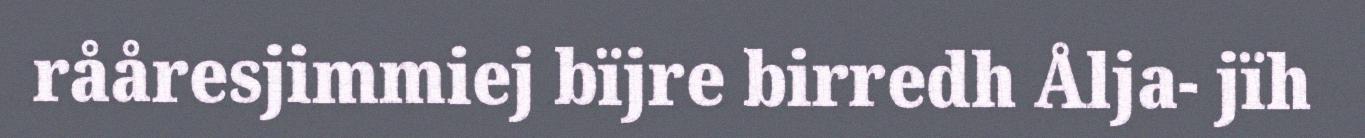
rååresjimmiej bïjre birredh Ålja- jïh